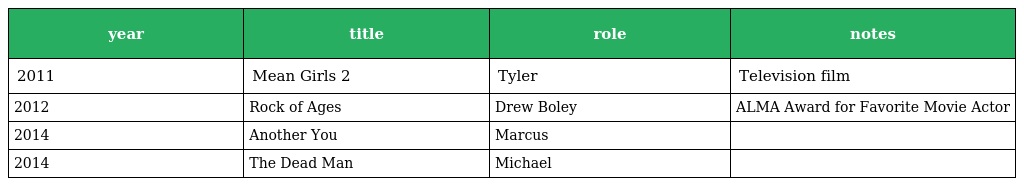
| year | title | role | notes |
 | --- | --- | --- | --- |
 | 2011 | Mean Girls 2 | Tyler | Television film |
 | 2012 | Rock of Ages | Drew Boley | ALMA Award for Favorite Movie Actor |
 | 2014 | Another You | Marcus |  |
 | 2014 | The Dead Man | Michael |  |